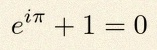
e^{i\pi}+1=0